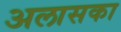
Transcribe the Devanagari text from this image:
अलासका